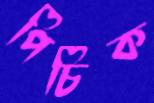
পিচিক